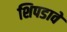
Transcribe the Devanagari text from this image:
शिपडावे